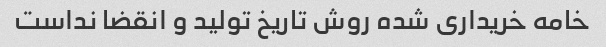
خامه خریداری شده روش تاریخ تولید و انقضا نداست